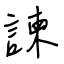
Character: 諫